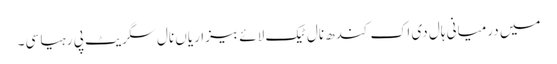
میں درمیانی ہال دی اک کندھ نال ٹیک لائے بیزاریاں نال سگریٹ پی رہیا سی۔